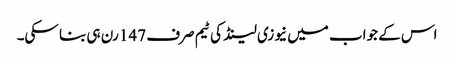
اس کے جواب میں نیوزی لینڈ کی ٹیم صرف 147 رن ہی بنا سکی۔